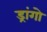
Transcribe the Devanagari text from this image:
ड्रांगो